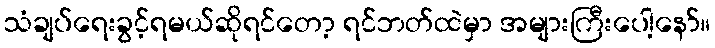
သံချပ်ရေးခွင့်ရမယ်ဆိုရင်တော့ ရင်ဘတ်ထဲမှာ အများကြီးပေါ့နော်။